Civil Veterinary Dept. Bombay admin report 1907-1913 - 1907-1913
Year: 1907
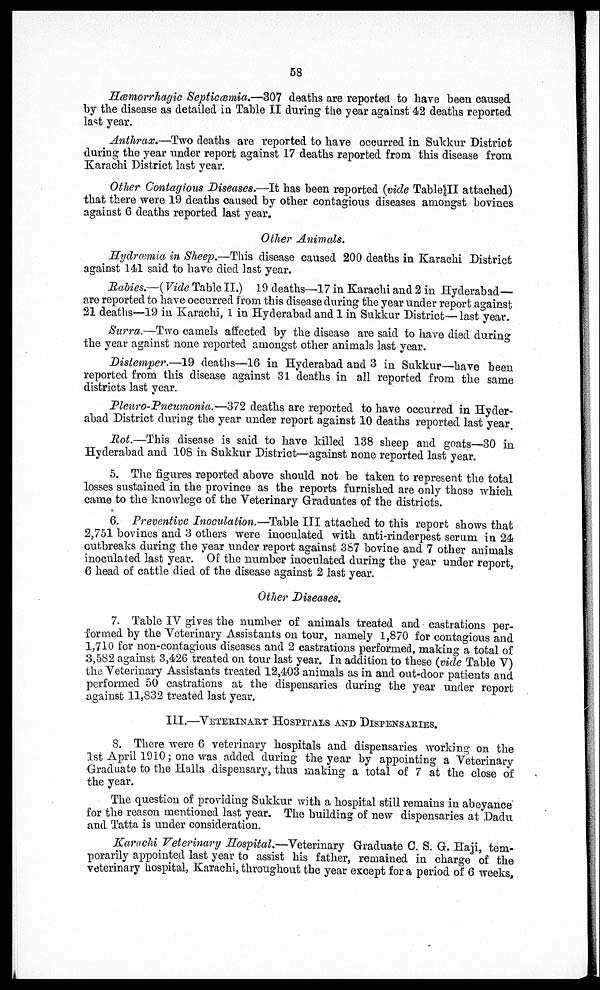
58
Hæmorrhagic Septicæmia.—307 deaths are reported to have been caused
by the disease as detailed in Table II during the year against 42 deaths reported
last year.
Anthrax.—Two deaths are reported to have occurred in Sukkur District
during the year under report against 17 deaths reported from this disease from
Karachi District last year.
Other Contagious Diseases.—It has been reported (vide Table II attached)
that there were 19 deaths caused by other contagious diseases amongst bovines
against 6 deaths reported last year.
Other Animals.
Hydræmia in Sheep.—This disease caused 200 deaths in Karachi District
against 141 said to have died last year.
Rabies.—(Vide Table II.) 19 deaths—17 in Karachi and 2 in Hyderabad—
are reported to have occurred from this disease during the year under report against
21 deaths—19 in Karachi, 1 in Hyderabad and 1 in Sukkur District— last year.
Surra.—Two camels affected by the disease are said to have died during
the year against none reported amongst other animals last year.
Distemper.—19 deaths—16 in Hyderabad and 3 in Sukkur—have been
reported from this disease against 31 deaths in all reported from the same
districts last year.
Pleuro-Pneumonia.—372 deaths are reported to have occurred in Hyder-
abad District during the year under report against 10 deaths reported last year.
Rot.—This disease is said to have killed 138 sheep and goats—30 in
Hyderabad and 108 in Sukkur District—against none reported last year.
5. The figures reported above should not be taken to represent the total
losses sustained in the province as the reports furnished are only those which
came to the knowlege of the Veterinary Graduates of the districts.
6. Preventive Inoculation.—Table III attached to this report shows that
2,751 bovines and 3 others were inoculated with anti-rinderpest serum in 24
outbreaks during the year under report against 387 bovine and 7 other animals
inoculated last year. Of the number inoculated during the year under report,
6 head of cattle died of the disease against 2 last year.
Other Diseases.
7. Table IV gives the number of animals treated and castrations per-
formed by the Veterinary Assistants on tour, namely 1,870 for contagious and
1,710 for non-contagious diseases and 2 castrations performed, making a total of
3,582 against 3,426 treated on tour last year. In addition to these (vide Table V)
the Veterinary Assistants treated 12,403 animals as in and out-door patients and
performed 50 castrations at the dispensaries during the year under report
against 11,S32 treated last year.
III.—VETERINARY HOSPITALS AND DISPENSARIES.
8. There were 6 veterinary hospitals and dispensaries working on the
1st April 1910; one was added during the year by appointing a Veterinary
Graduate to the Halla dispensary, thus making a total of 7 at the close of
the year.
The question of providing Sukkur with a hospital still remains in abeyance
for the reason mentioned last year. The building of new dispensaries at Dadu
and Tatta is under consideration.
Karachi Veterinary Hospital.—Veterinary Graduate 0. S. G. Haji, tem-
porarily appointed last year to assist his father, remained in charge of the
veterinary hospital, Karachi, throughout the year except for a period of 6 weeks,